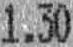
1.30